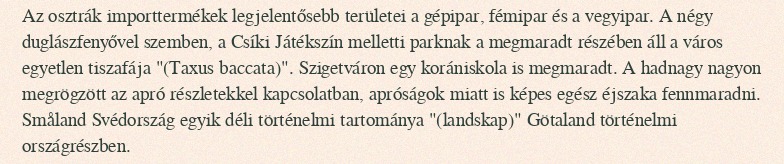
Az osztrák importtermékek legjelentősebb területei a gépipar, fémipar és a vegyipar. A négy duglászfenyővel szemben, a Csíki Játékszín melletti parknak a megmaradt részében áll a város egyetlen tiszafája "(Taxus baccata)". Szigetváron egy korániskola is megmaradt. A hadnagy nagyon megrögzött az apró részletekkel kapcsolatban, apróságok miatt is képes egész éjszaka fennmaradni. Småland Svédország egyik déli történelmi tartománya "(landskap)" Götaland történelmi országrészben.